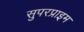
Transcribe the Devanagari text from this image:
सुपरप्राइम